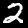
Digit: 2